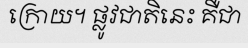
ក្រោយ។ ផ្លូវជាតិនេះ គឺជា